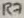
Text: R7